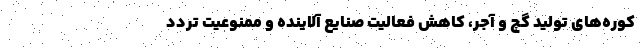
کوره‌های تولید گچ و آجر، کاهش فعالیت صنایع آلاینده و ممنوعیت تردد